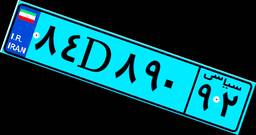
۰۸D۵۲۴۹۶